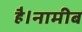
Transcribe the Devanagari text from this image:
है।नामीब